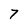
Character: 7